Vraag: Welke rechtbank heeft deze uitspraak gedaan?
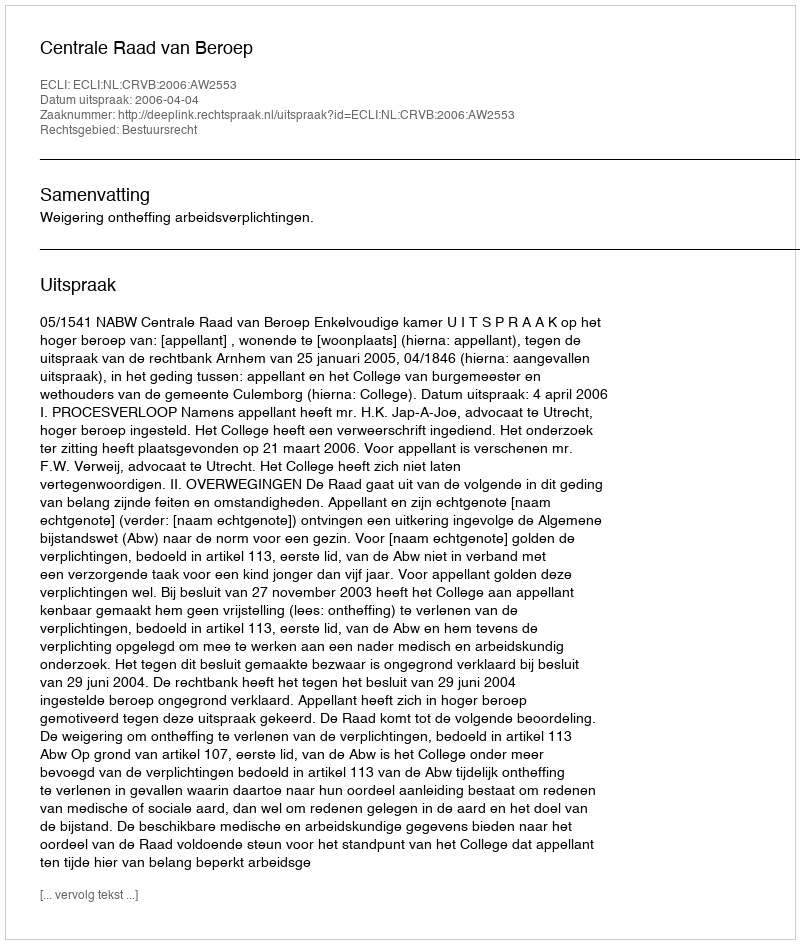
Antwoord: Centrale Raad van Beroep